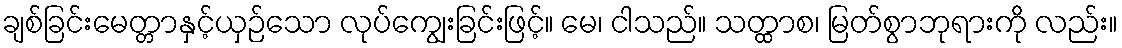
ချစ်ခြင်းမေတ္တာနှင့်ယှဉ်သော လုပ်ကျွေးခြင်းဖြင့်။ မေ၊ ငါသည်။ သတ္ထာစ၊ မြတ်စွာဘုရားကို လည်း။